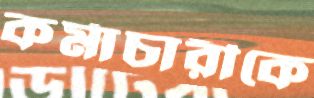
কর্মাচারীকে